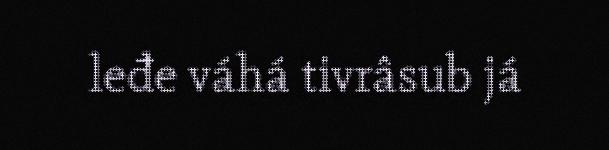
leđe váhá tivrâsub já